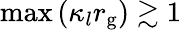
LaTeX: \mathrm{max}\left(\kappa_{l}r_{\mathrm{g}}\right)\gtrsim 1